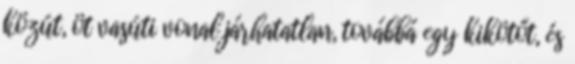
közút, öt vasúti vonal járhatatlan, továbbá egy kikötőt, és